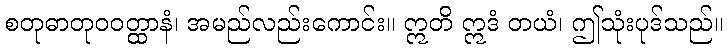
စတုဓာတုဝဝတ္ထာနံ၊ အမည်လည်းကောင်း။ ဣတိ ဣဒံ တယံ၊ ဤသုံးပုဒ်သည်။